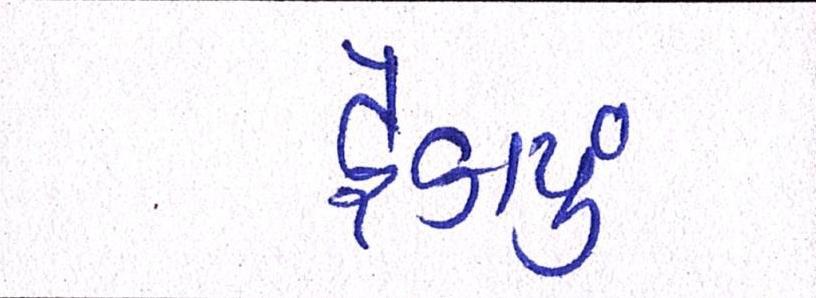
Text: ફેકાયું